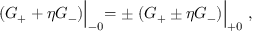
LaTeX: ( G _ { + } + \eta G _ { - } ) \Bigl \vert _ { - 0 } = \pm \; ( G _ { + } \pm \eta G _ { - } ) \Bigl \vert _ { + 0 } \ ,